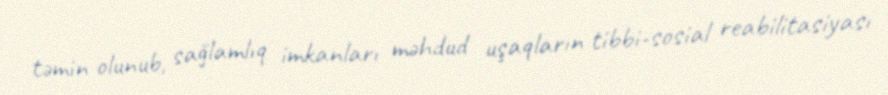
təmin olunub, sağlamlıq imkanları məhdud uşaqların tibbi-sosial reabilitasiyası